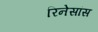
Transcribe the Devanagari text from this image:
रिनेसांस